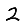
Digit: 2